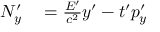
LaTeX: \begin{array} { r l } { N _ { y } ^ { \prime } } & { { } = { \frac { E ^ { \prime } } { c ^ { 2 } } } y ^ { \prime } - t ^ { \prime } p _ { y } ^ { \prime } } \end{array}